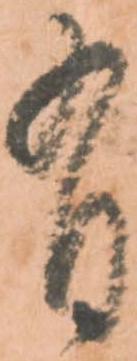
有